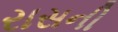
રાસની